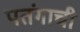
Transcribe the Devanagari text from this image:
पतंगाची